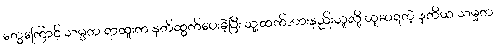
တွေကြောင့် သမ္မတ ရာထူးက နုတ်ထွက်ပေးခဲ့ပြီး သူ့ထက်အားနည်းသူလို့ ယူဆရတဲ့ ဒုတိယ သမ္မတ